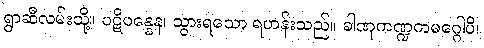
ရွာဆီလမ်းသို့။ ပဋိပန္နေန၊ သွားရသော ရဟန်းသည်။ ခါဏုကဏ္ဍကမဂ္ဂေါပိ၊